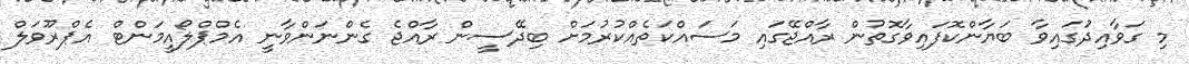
މި ގަވާއިދުަގައިވާ ބަޔާންކޮފައިވާގޮތުން ރާއްޖޭގައި މަސައްކަތެއްކުރުމަށް ބިދޭސީން ރާއްޖެ ގެންނަންވާނީ އެމްޕްލޯއީމަންޓް އެޕްރޫވަލް